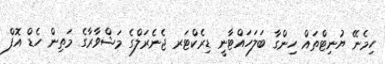
ހިމެނޭ ޔުނިޓްތައް ހިންގާ ބަލަހައްޓާނީ ޑިރެކްޓަރ ޖެނެރަލްގެ މަޝްވާރާގެ މަތިން ހެޑް އޮފް